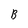
Character: B